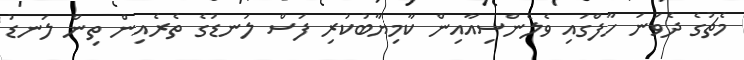
މެޗުގެ ދެވަނަ ހާފްގައި ވެލެންސިއާއިން ކާމިޔާބުކުރި ފަސް ލަނޑުގެ ތެރެއިން ތިން ލަނޑު